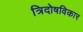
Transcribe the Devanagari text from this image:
त्रिदोषविकार